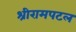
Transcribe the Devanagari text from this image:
श्रीरामपटल